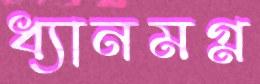
ধ্যানমগ্ন